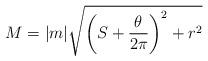
LaTeX: \begin{align*}M=|m|\sqrt{\left(S+\frac{\theta}{2\pi}\right)^{2}+r^{2}}\end{align*}